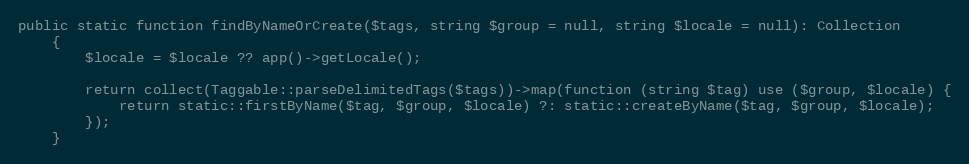
Language: PHP
public static function findByNameOrCreate($tags, string $group = null, string $locale = null): Collection
    {
        $locale = $locale ?? app()->getLocale();

        return collect(Taggable::parseDelimitedTags($tags))->map(function (string $tag) use ($group, $locale) {
            return static::firstByName($tag, $group, $locale) ?: static::createByName($tag, $group, $locale);
        });
    }